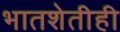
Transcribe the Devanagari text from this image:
भातशेतीही